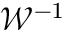
{ \mathcal { W } } ^ { - 1 }